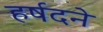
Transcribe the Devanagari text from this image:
हर्षदने